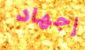
إجهاد